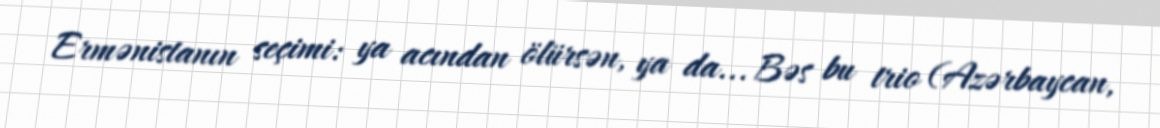
Ermənistanın seçimi: ya acından ölürsən, ya da... Bəs bu trio (Azərbaycan,